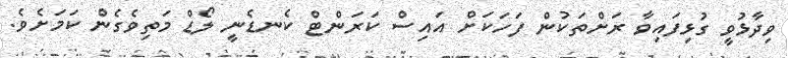
ވިދާޅުވީ ގުޅިފައިވާ ރަށްތަކުން ފަހަކަށް އައިސް ކަރަންޓް ކެނޑެނީ ލޯޑް މަތިވެގެން ކަމަށެވެ.